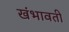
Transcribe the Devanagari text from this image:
खंभावती